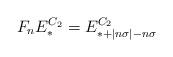
LaTeX: \begin{align*}F_nE^{C_2}_* = E^{C_2}_{*+|n\sigma|-n\sigma}\end{align*}